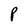
Character: P